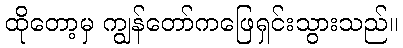
ထိုတော့မှ ကျွန်တော်ကဖြေရှင်းသွားသည်။